Annual administration report of the Civil Veterinary Department, Sind - 1937-1938
Year: 1937
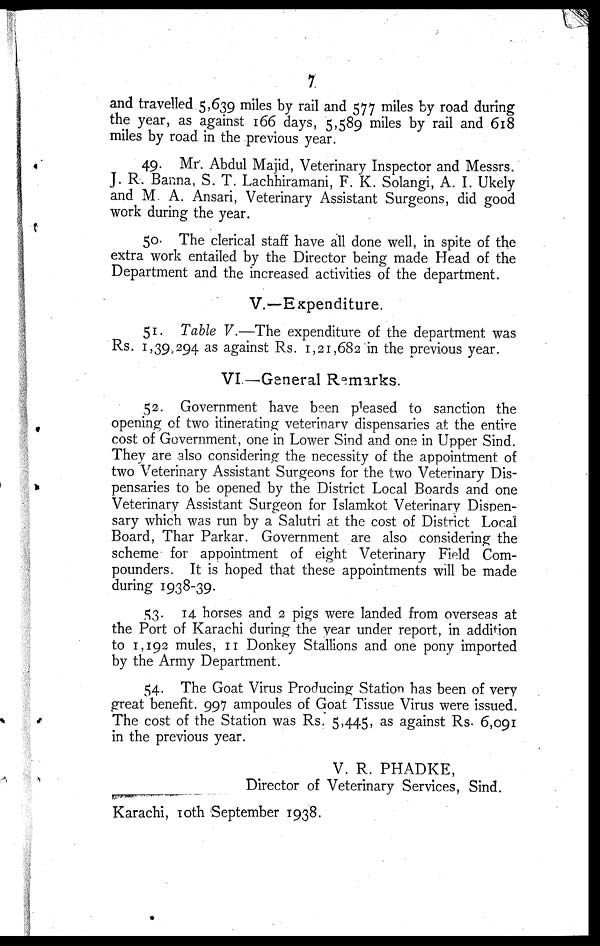
7
and travelled 5,639 miles by rail and 577 miles by road during
the year, as against 166 days, 5,589 miles by rail and 618
miles by road in the previous year.
49. Mr. Abdul Majid, Veterinary Inspector and Messrs.
J. R. Banna, S. T. Lachhiramani, F. K. Solangi, A. I. Ukely
and M. A. Ansari, Veterinary Assistant Surgeons, did good
work during the year.
50. The clerical staff have all done well, in spite of the
extra work entailed by the Director being made Head of the
Department and the increased activities of the department.
V.—Expenditure.
51. Table V.—The expenditure of the department was
Rs. 1,39,294 as against Rs. 1,21,682 in the previous year.
VI — General Remarks.
52. Government have been pleased to sanction the
opening of two itinerating veterinary dispensaries at the entire
cost of Government, one in Lower Sind and one in Upper Sind.
They are also considering the necessity of the appointment of
two Veterinary Assistant Surgeons for the two Veterinary Dis-
pensaries to be opened by the District Local Boards and one
Veterinary Assistant Surgeon for Islamkot Veterinary Dispen-
sary which was run by a Salutri at the cost of District Local
Board, Thar Parkar. Government are also considering the
scheme for appointment of eight Veterinary Field Com-
pounders. It is hoped that these appointments will be made
during 1938-39.
53. 14 horses and 2 pigs were landed from overseas at
the Port of Karachi during the year under report, in addition
to 1,192 mules, 11 Donkey Stallions and one pony imported
by the Army Department.
54. The Goat Virus Producing Station has been of very
great benefit. 997 ampoules of Goat Tissue Virus were issued.
The cost of the Station was Rs. 5,445, as against Rs. 6,091
in the previous year.
V. R. PHADKE,
Director of Veterinary Services, Sind.
Karachi, 10th September 1938.